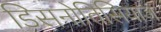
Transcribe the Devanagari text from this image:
डिसनोतिसियाज